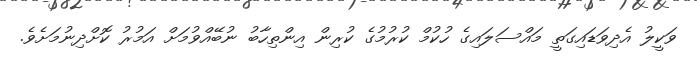
ވަކީލު އެދިވަޑައިގަތީ މައްސަލައިގެ ހުކުމް ކުރުމުގެ ކުރިން އިންތިހާބު ނުބޭއްވުމަށް އަމުރު ކޮށްދިނުމަށެވެ.